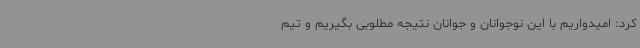
کرد: امیدواریم با این نوجوانان و جوانان نتیجه مطلوبی بگیریم و تیم